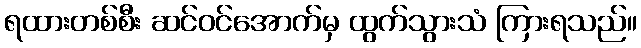
ရထားတစ်စီး ဆင်ဝင်အောက်မှ ထွက်သွားသံ ကြားရသည်။